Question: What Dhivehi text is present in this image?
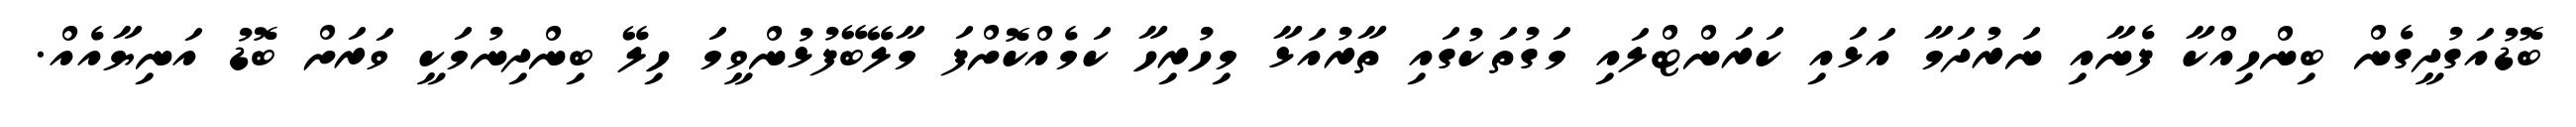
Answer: ބޮޑުއަގުދީގެން ބިންހިއްކާ ފެނާއި ނަރުދަމާ އަޅައި ކަރަންޓްލައި މަގުތަކުގައި ތާރުއަޅާ މިހުރިހާ ކަމެއްކޮށްފަ މާލޭބޭފުޅުންވީމަ ހިލޭ ބިންދިނުމަކީ ވަރަށް ބޮޑު އަނިޔާއެއް.